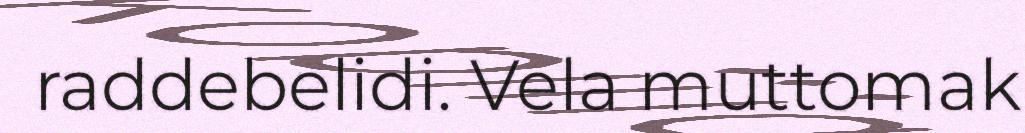
raddebelidi. Vela muttomak